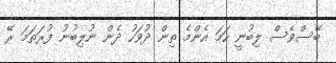
ބޭސްވެސް ލިބުނީ ހަމަ އެންމެ ތިން ދުވަހު ދެން ނުލިބުނު ފުރަތަމަ ރޭ